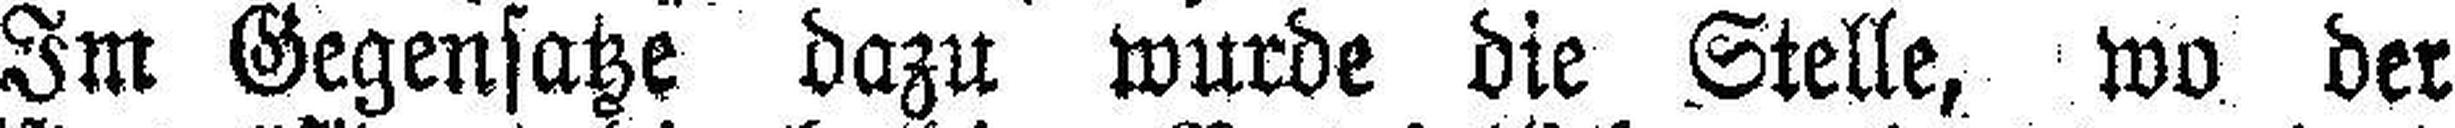
Im Gegensatze dazu wurde die Stelle, wo der